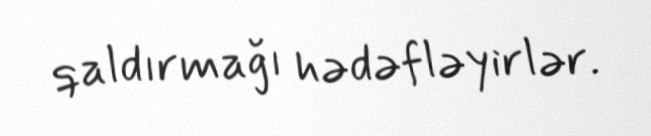
qaldırmağı hədəfləyirlər.